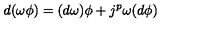
d ( \omega \phi ) = ( d \omega ) \phi + j ^ { p } \omega ( d \phi )